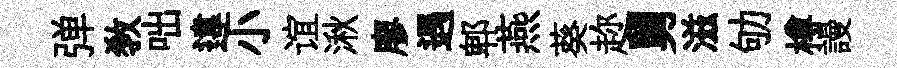
弹教咄違小谊湫廖遇郫燕葵趂舅滋劬樽謾